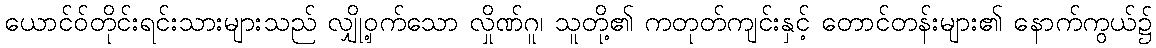
ယောင်ဝ်တိုင်းရင်းသားများသည် လျှို့ဝှက်သော လှိုဏ်ဂူ၊ သူတို့၏ ကတုတ်ကျင်းနှင့် တောင်တန်းများ၏ နောက်ကွယ်၌